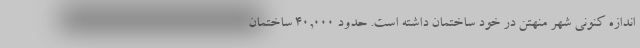
اندازه کنونی شهر منهتن در خود ساختمان داشته است. حدود ۴۰,۰۰۰ ساختمان